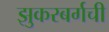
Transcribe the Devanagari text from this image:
झुकरबर्गची